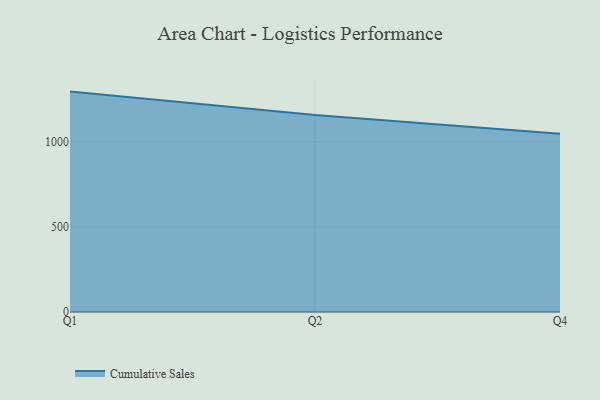
{"axis": {"x": "Quarter", "y": "Energy Usage (MWh)"}, "legend": ["Cumulative Sales"], "data": [{"x": "Q1", "y": 1295.5, "type": "Cumulative Sales"}, {"x": "Q2", "y": 1158.2, "type": "Cumulative Sales"}, {"x": "Q4", "y": 1047.3, "type": "Cumulative Sales"}]}